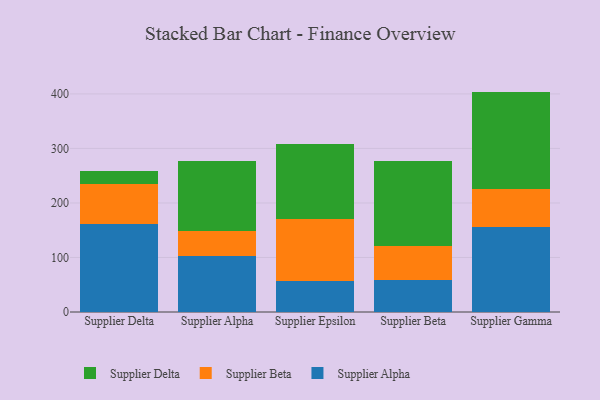
{"axis": {"x": "Supplier", "y": "Humidity (%)"}, "legend": ["Supplier Alpha", "Supplier Beta", "Supplier Delta"], "data": [{"x": "Supplier Delta", "y": 161.6, "type": "Supplier Alpha"}, {"x": "Supplier Delta", "y": 73.6, "type": "Supplier Beta"}, {"x": "Supplier Delta", "y": 24.1, "type": "Supplier Delta"}, {"x": "Supplier Alpha", "y": 102.3, "type": "Supplier Alpha"}, {"x": "Supplier Alpha", "y": 45.9, "type": "Supplier Beta"}, {"x": "Supplier Alpha", "y": 128.5, "type": "Supplier Delta"}, {"x": "Supplier Epsilon", "y": 56.5, "type": "Supplier Alpha"}, {"x": "Supplier Epsilon", "y": 114.9, "type": "Supplier Beta"}, {"x": "Supplier Epsilon", "y": 136.2, "type": "Supplier Delta"}, {"x": "Supplier Beta", "y": 59.2, "type": "Supplier Alpha"}, {"x": "Supplier Beta", "y": 61.9, "type": "Supplier Beta"}, {"x": "Supplier Beta", "y": 155.6, "type": "Supplier Delta"}, {"x": "Supplier Gamma", "y": 155.5, "type": "Supplier Alpha"}, {"x": "Supplier Gamma", "y": 69.6, "type": "Supplier Beta"}, {"x": "Supplier Gamma", "y": 179.1, "type": "Supplier Delta"}]}